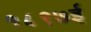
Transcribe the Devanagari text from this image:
१८९७ई